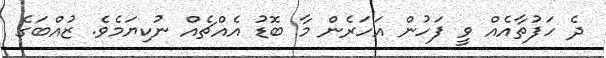
ދެ ހަފުތާއެއް ވީ ފަހުން އަހަރެން މާ ބޮޑު އެއްޗެއް ނުކިޔަމެވެ. ޒުއްބަގެ